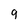
Character: 9